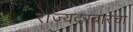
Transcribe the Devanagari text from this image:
राज्यदरबारचा